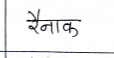
मजकूर: रैनाक